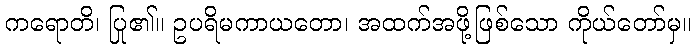
ကရောတိ၊ ပြု၏။ ဥပရိမကာယတော၊ အထက်အဖို့ဖြစ်သော ကိုယ်တော်မှ။